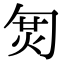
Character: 𠣦